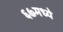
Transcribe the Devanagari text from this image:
६७मध्ये